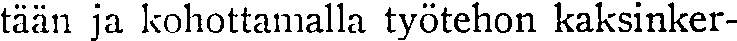
tään ja kohottamalla työtehon kaksinker-